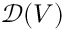
{ \mathcal { D } } ( V )